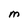
Character: M